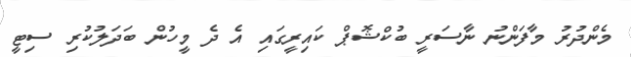
މެންދުރު މާފަންނު ނާސަރީ ބުކްޝޮޕް ކައިރީގައި އެ ދެ މީހުން ބަދަލުކުރި ސިޓީ